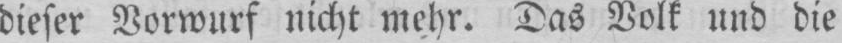
dieser Vorwurf nicht mehr. Das Volk und die